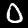
Digit: 0